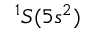
^ 1 S ( 5 s ^ { 2 } )